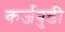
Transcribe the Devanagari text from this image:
कर्जबुडी